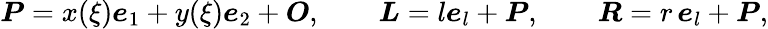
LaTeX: \boldsymbol{P}=x(\xi)\boldsymbol{e}_{1}+y(\xi)\boldsymbol{e}_{2}+\boldsymbol{O},\qquad\boldsymbol{L}=l\boldsymbol{e}_{l}+\boldsymbol{P},\qquad\boldsymbol{R}=r\, \boldsymbol{e}_{l}+\boldsymbol{P},